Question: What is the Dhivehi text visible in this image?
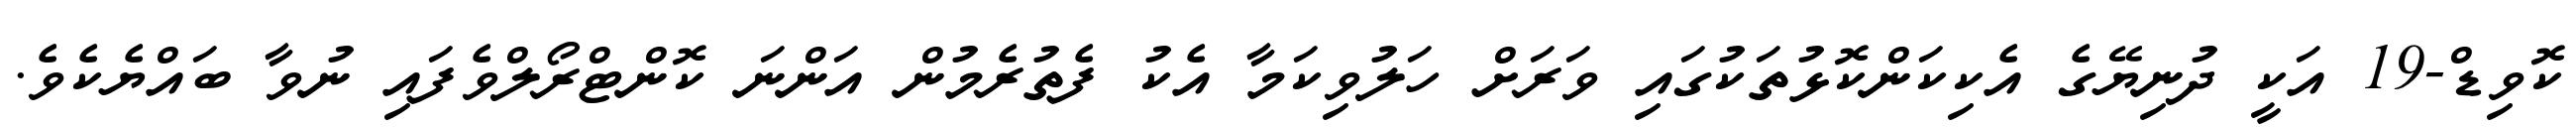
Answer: ކޮވިޑް-19 އަކީ ދުނިޔޭގެ އެކިކަންކޮޅުތަކުގައި ވަރަށް ހަލުވިކަމާ އެކު ފެތުރެމުން އަންނަ ކޮންޓްރޯލްވެފައި ނުވާ ބައްޔެކެވެ.